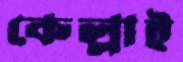
কেল্লাই